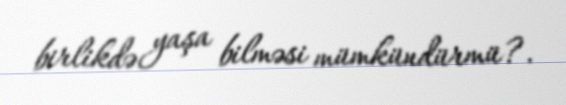
birlikdə yaşa bilməsi mümkündürmü?.